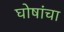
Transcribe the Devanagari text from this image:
घोषांचा